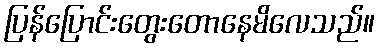
ပြန်ပြောင်းတွေးတောနေမိလေသည်။